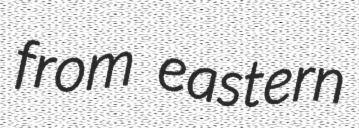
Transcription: from eastern